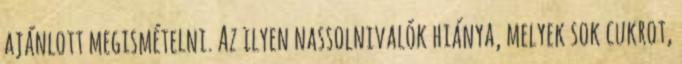
ajánlott megismételni. Az ilyen nassolnivalók hiánya, melyek sok cukrot,